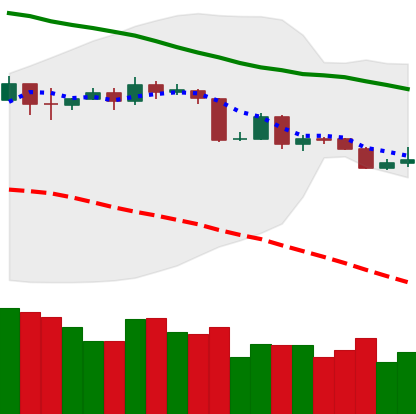
Ticker: BTC-USD
Chart end date: 2019-11-17
Forward return: -14.938%
Label: down_7plus